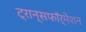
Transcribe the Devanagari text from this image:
ट्रान्सफॉर्मेशन